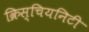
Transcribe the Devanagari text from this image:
क्रिस्चियनिटी